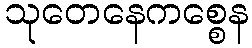
သုတေနေကစ္စေန